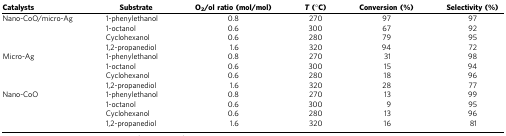
| Catalysts | Substrate | O2/ol ratio (mol/mol) | T(°C) | Conversion (%) | Selectivity (%) |
 | --- | --- | --- | --- | --- | --- |
 | Nano-CoO/micro-Ag | 1-phenylethanol | 0.8 | 270 | 97 | 97 |
 |  | 1-octanol | 0.6 | 300 | 67 | 92 |
 |  | Cyclohexanol | 0.6 | 280 | 79 | 95 |
 |  | 1,2-propanediol | 1.6 | 320 | 94 | 72 |
 | Micro-Ag | 1-phenylethanol | 0.8 | 270 | 31 | 98 |
 |  | 1-octanol | 0.6 | 300 | 15 | 94 |
 |  | Cyclohexanol | 0.6 | 280 | 18 | 96 |
 |  | 1,2-propanediol | 1.6 | 320 | 28 | 77 |
 | Nano-CoO | 1-phenylethanol | 0.8 | 270 | 13 | 99 |
 |  | 1-octanol | 0.6 | 300 | 9 | 95 |
 |  | Cyclohexanol | 0.6 | 280 | 13 | 96 |
 |  | 1,2-propanediol | 1.6 | 320 | 16 | 81 |